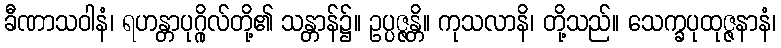
ခီဏာသဝါနံ၊ ရဟန္တာပုဂ္ဂိုလ်တို့၏ သန္တာန်၌။ ဥပ္ပဇ္ဇန္တိ။ ကုသလာနိ၊ တို့သည်။ သေက္ခပုထုဇ္ဇနာနံ၊